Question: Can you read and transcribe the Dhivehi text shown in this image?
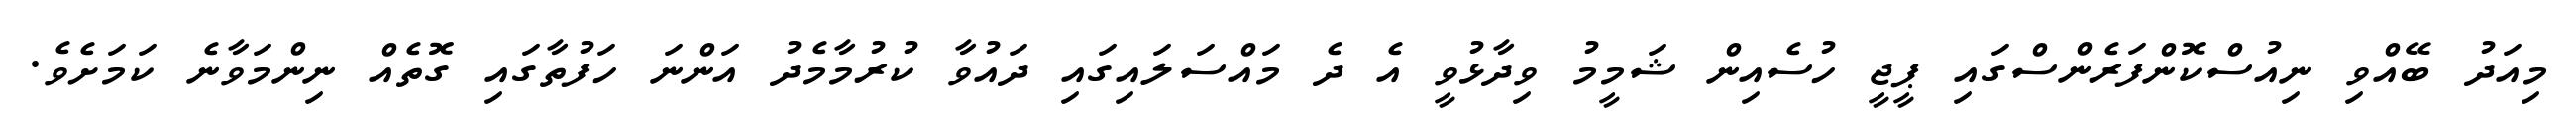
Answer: މިއަދު ބޭއްވި ނިއުސްކޮންފަރެންސްގައި ޕީޖީ ހުސެއިން ޝަމީމު ވިދާޅުވީ އެ ދެ މައްސަލައިގައި ދައުވާ ކުރުމާމެދު އަންނަ ހަފުތާގައި ގޮތެއް ނިންމަވާނެ ކަމަށެވެ.